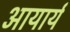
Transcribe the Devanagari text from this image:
आयार्य